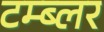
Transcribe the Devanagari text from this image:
टम्ब्लर